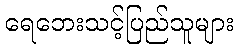
ရေဘေးသင့်ပြည်သူများ